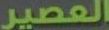
العصير